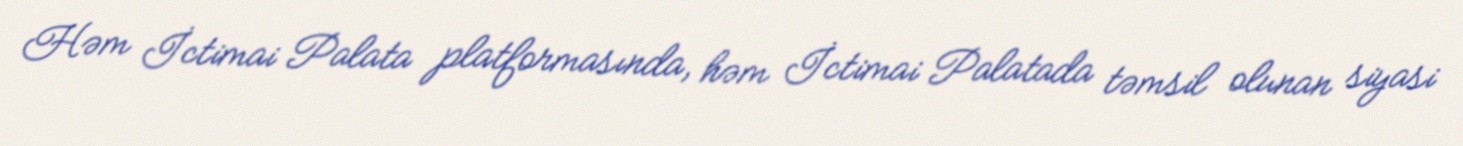
Həm İctimai Palata platformasında, həm İctimai Palatada təmsil olunan siyasi